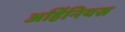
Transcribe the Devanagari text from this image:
अर्हिनियस